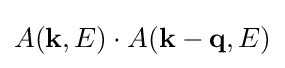
A(\mathbf {k} ,E)\cdot A(\mathbf {k} -\mathbf {q} ,E)